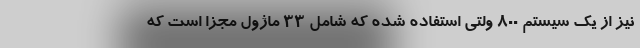
نیز از یک سیستم 800 ولتی استفاده شده که شامل 33 ماژول مجزا است که